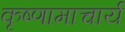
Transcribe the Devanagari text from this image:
कृष्णामाचार्य